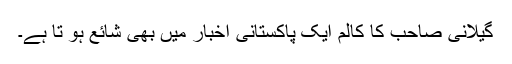
گیلانی صاحب کا کالم ایک پاکستانی اخبار میں بھی شائع ہو تا ہے۔